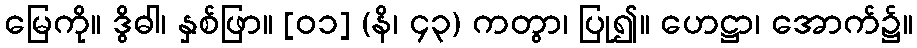
မြေကို။ ဒွိဓါ၊ နှစ်ဖြာ။ [၀၁] (နိ၊ ၄၃) ကတွာ၊ ပြု၍။ ဟေဋ္ဌာ၊ အောက်၌။